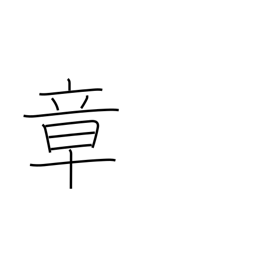
Meaning: chapter